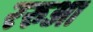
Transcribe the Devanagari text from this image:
ररुआ